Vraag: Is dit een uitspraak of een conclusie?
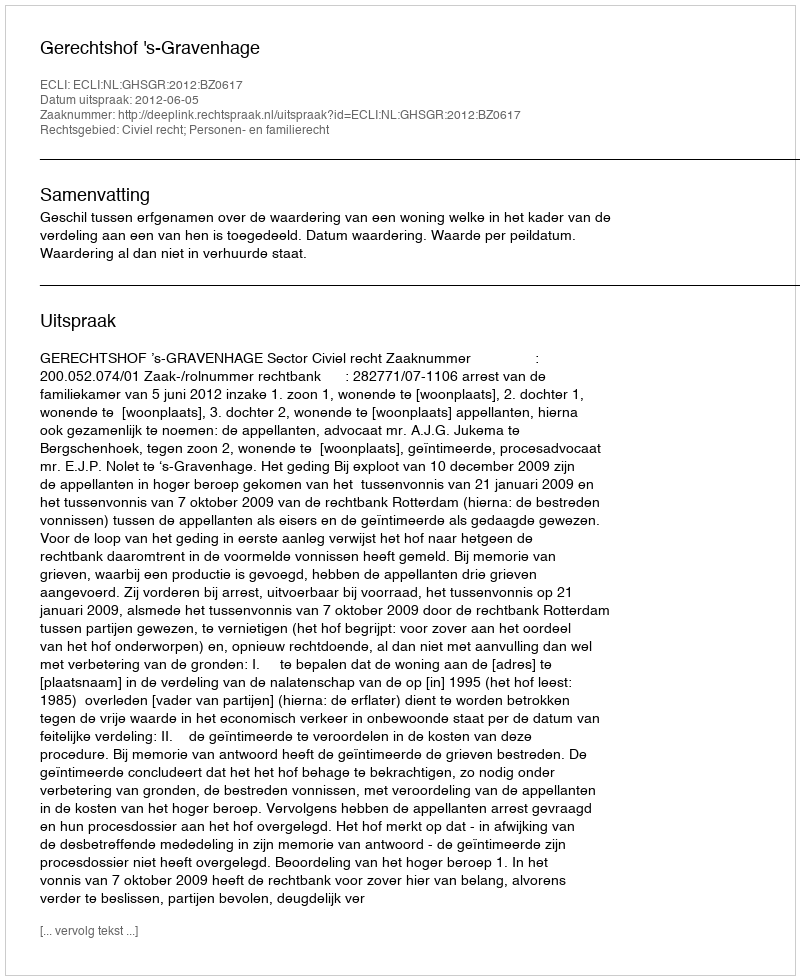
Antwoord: Uitspraak